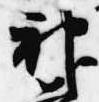
神